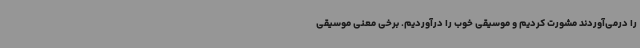
را درمی‌آوردند مشورت کردیم و موسیقی خوب را درآوردیم. برخی معنی موسیقی